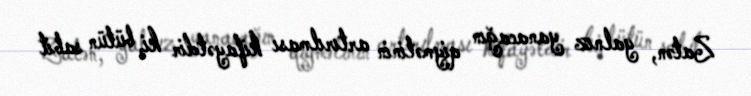
Zatən, yalnız yanacağın qiymətinin artırılması kifayətdir ki, bütün sabit